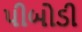
પીબોડી